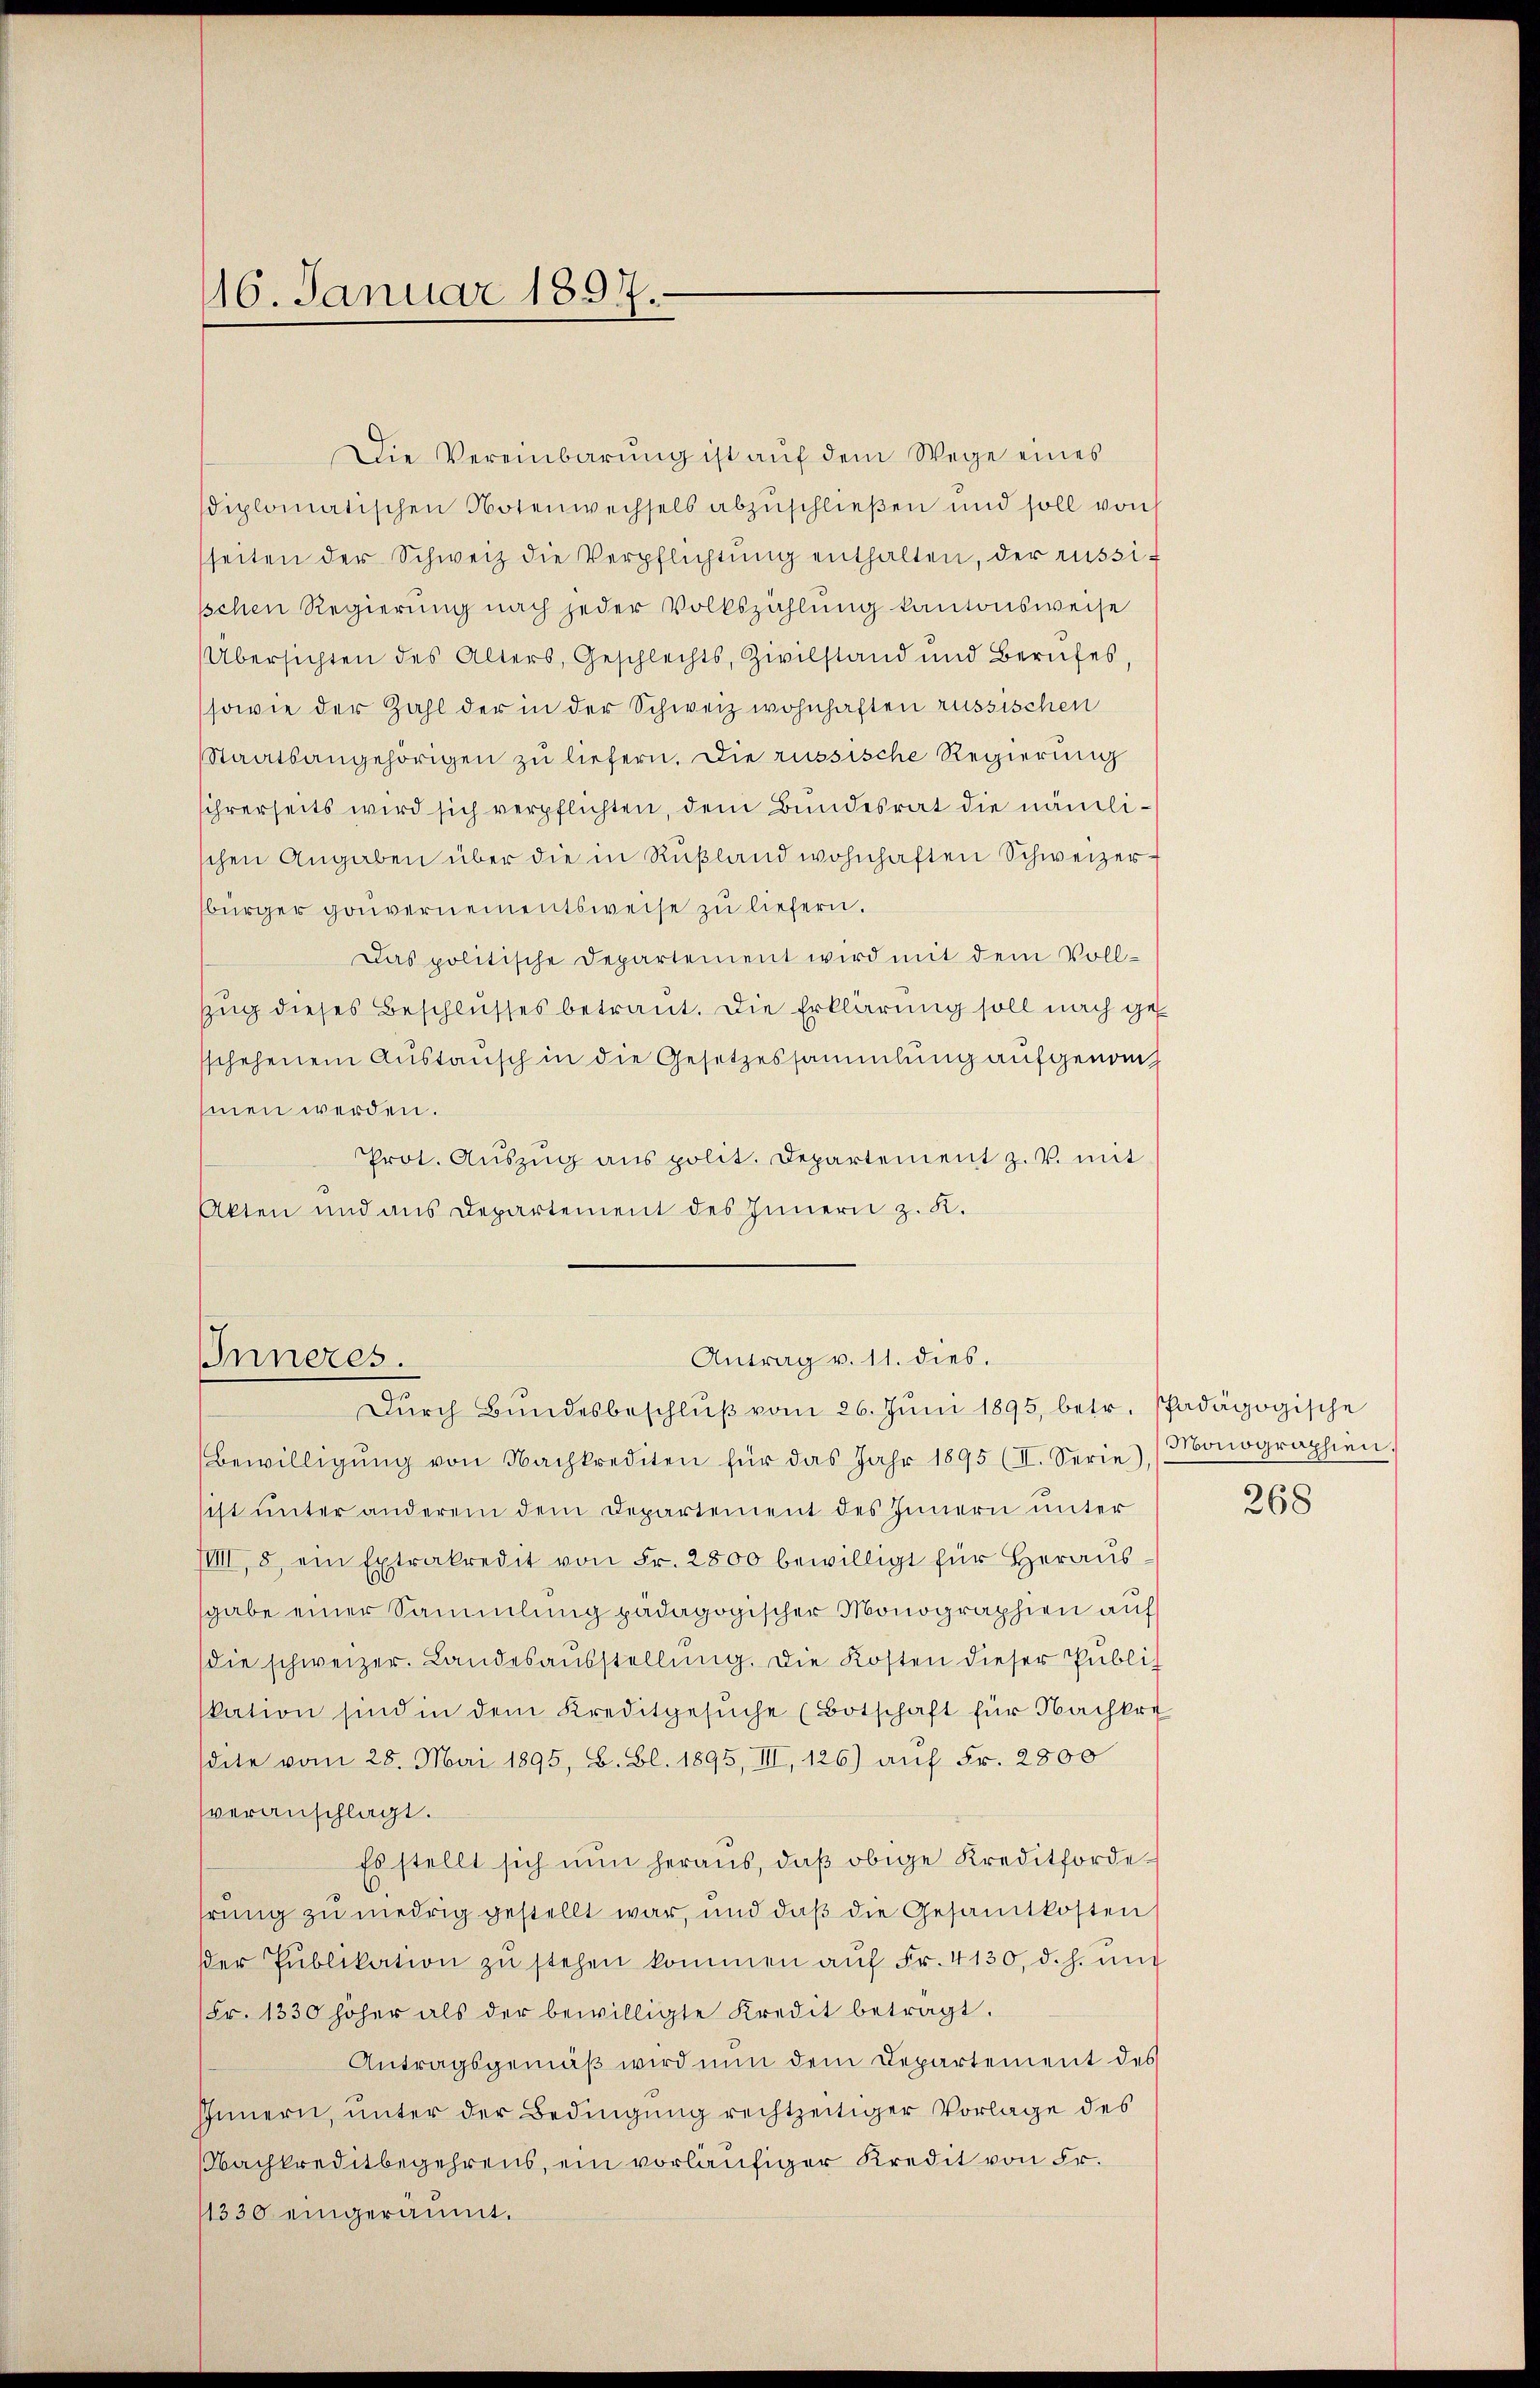
16. Januar 1897.

Die Vereinbarŭng ist aŭf dem Wege eines
sdiplomatischen Notenwechsels abzuschließen und soll von
seiten der Schweiz die Verpflichtŭng enthalten, der russi-
schen Regierung nach jeder Volkszählung kantonsweise
Übersichten des Alters, Geschlechts, Zivilstand und Berufes,
sowie der Zahl der in der Schweiz wohnhaften russischen
Staatsangehörigen zu liefern. Die russische Regierung
sihrerseits wird sich verpflichten, dem Bundesrat die nämlischen Angaben über die in Rußland wohnhaften Schweizer-
bürger gouvernementsweise zu liefern.
Das politische Departement wird mit dem Voll-
zug dieses Beschlusses betraut. Die Erklärung soll nach ges
sschehenem Austausch in die Gesetzessammlung aufgenommen werden.
rot. Aŭszŭg ans polit. Departement z. V. mit
Akten und aus Departement des Innern z. K.
Inneres.
Antrag v. 11. dies.
Dŭrch Bŭndesbeschlŭβ vom 26. Jŭni 1895, betr. Pfadagogische
Bewilligŭng von Nachkrediten für das Jahr 1895 (II. Serie) (Monographien
sist unter anderem dem Departement des Innern unter
VIII 8 ein Extrakredit von Fr. 2800 bewilligt für Heraŭs-
sgabe einer Sammlung pädagogischer Monographien auf
die schweizer. Landesaŭsstellŭng. Die Kosten dieser Publiz
kation sind in dem Kreditgesŭche (Botschaft für Nachkre
sdite vom 28. Mai 1895, B. Bl. 1895, III, 126) auf Fr. 2800
veranschlagt.
Es stellt sich nŭn heraus, daβ obige Kreditforde¬
.
hrung zu niedrig gestellt war, und daß die Gesamtkosten
der Publikation zŭ stehen kommen aŭf Fr. 4130, d. h. mit
(Fr. 1330 höher als der bewilligte Kredit betragt.
Antragsgemäβ wird nun dem Departement des
Innern, unter der Bedingung rechtzeitiger Vorlage des
Nachkreditbegehrens, ein vorläufiger Kredit von Fr.
11330 eingeräumt.

268